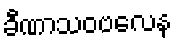
ခီဏာသဝဗလေန